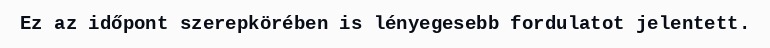
Ez az időpont szerepkörében is lényegesebb fordulatot jelentett.